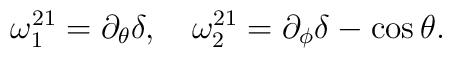
\omega^{21}_1 = \partial_{\theta} \delta,~~~ \omega^{21}_2 = \partial_{\phi} \delta - \cos \theta.